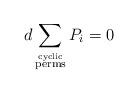
LaTeX: \begin{align*}d \sum_{\stackrel{\rm{cyclic}}{\rm{perms}}} P_{i} =0\end{align*}